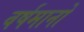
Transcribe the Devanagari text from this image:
वर्षमानों